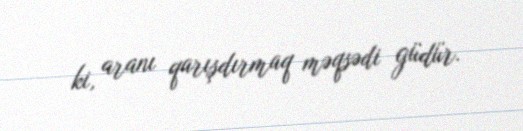
ki, aranı qarışdırmaq məqsədi güdür.